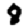
Digit: 8